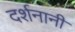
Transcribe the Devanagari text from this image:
दर्शनानी